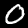
Label: 0